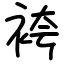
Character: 袴